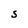
Character: S